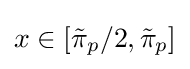
x\in [{\tilde {\pi }}_{p}/2,{\tilde {\pi }}_{p}]